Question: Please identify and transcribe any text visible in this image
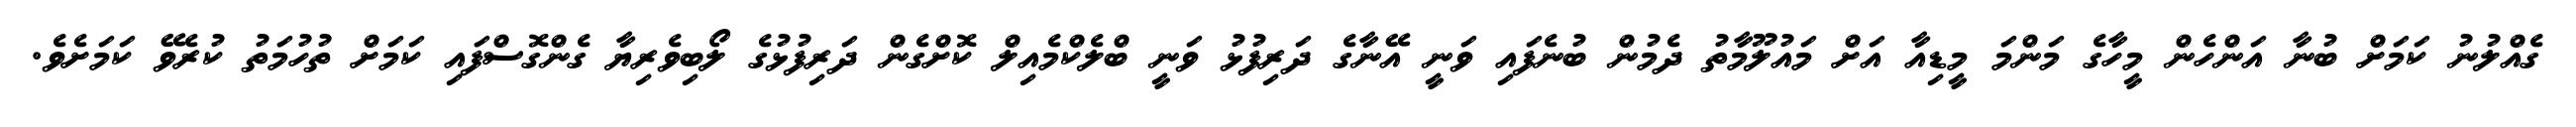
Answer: ގެއްލުނު ކަމަށް ބުނާ އަންހެން މީހާގެ މަންމަ މީޑިއާ އަށް މައުލޫމާތު ދެމުން ބުނެފައި ވަނީ އޭނާގެ ދަރިފުޅު ވަނީ ބްލެކްމެއިލް ކޮށްގެން ދަރިފުޅުގެ ލޯބިވެރިޔާ ގެންގޮސްފައި ކަމަށް ތުހުމަތު ކުރެވޭ ކަމަށެވެ.